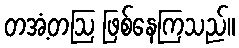
တအံ့တဩ ဖြစ်နေကြသည်။